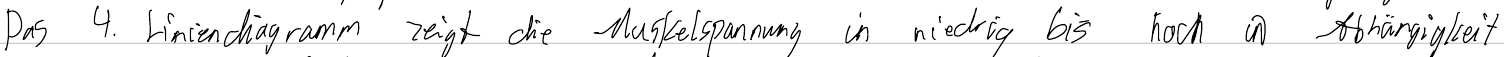
Das 3. Liniendiagramm zeigt die Muskelspannung in niedrig bis hoch in Abhängigkeit